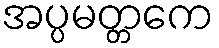
အပ္ပမတ္တကေ